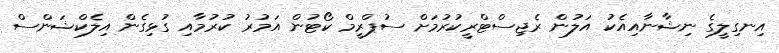
އިނގިލީގެ ނިޝާނާއިއެކު އަލުން ރެޖިސްޓްރީކުރުމަށް ސުޕްރީމް ކޯޓުން އަމުރު ކުރުމާއި ގުޅިގެން އިލެކްޝަންސް